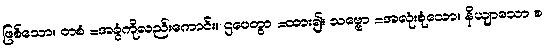
ဖြစ်သော။ တစံ =အခွံကိုလည်းကောင်း။ ဌပေတွာ =ထား၍။ သဗ္ဗော =အလုံးစုံသော။ နိယျာသော စ